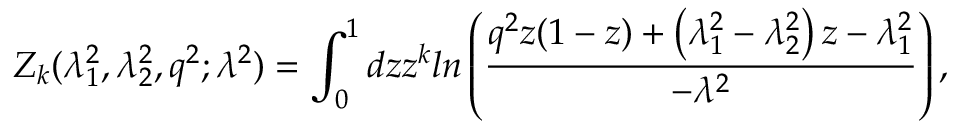
Z _ { k } ( \lambda _ { 1 } ^ { 2 } , \lambda _ { 2 } ^ { 2 } , q ^ { 2 } ; \lambda ^ { 2 } ) = \int _ { 0 } ^ { 1 } d z z ^ { k } l n \left( \frac { q ^ { 2 } z ( 1 - z ) + \left( \lambda _ { 1 } ^ { 2 } - \lambda _ { 2 } ^ { 2 } \right) z - \lambda _ { 1 } ^ { 2 } } { - \lambda ^ { 2 } } \right) ,